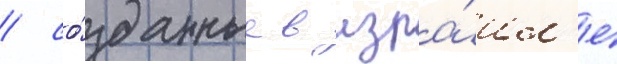
/ со́зданные в изра́ил'е